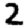
Digit: 2